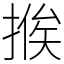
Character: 𢰇